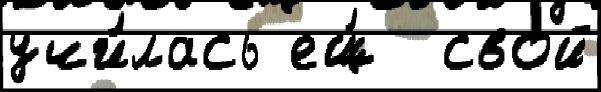
учи́лась ещ́  свой